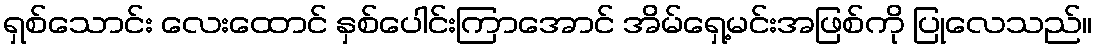
ရှစ်သောင်း လေးထောင် နှစ်ပေါင်းကြာအောင် အိမ်ရှေ့မင်းအဖြစ်ကို ပြုလေသည်။